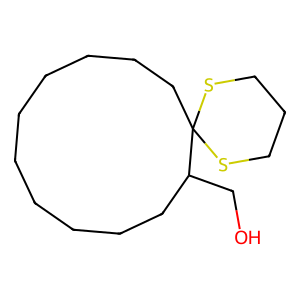
SMILES: OCC1CCCCCCCCCCC12SCCCS2
Inhibits HIV replication: No